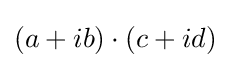
\left(a+ib\right)\cdot \left(c+id\right)